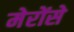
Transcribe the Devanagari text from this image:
मेरोंसे